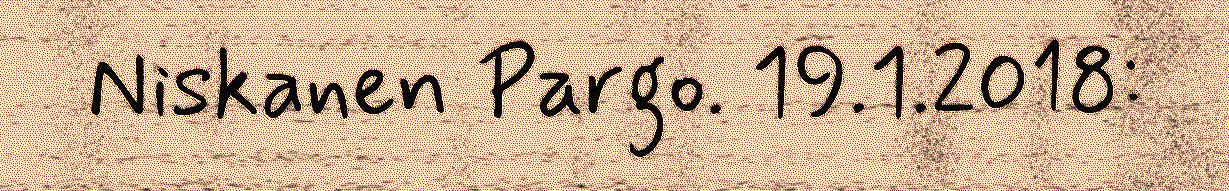
Niskanen Pargo. 19.1.2018: